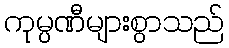
ကုမ္ပဏီများစွာသည်